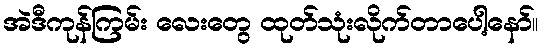
အဲဒီကုန်ကြမ်း လေးတွေ ထုတ်သုံးလိုက်တာပေါ့နော်။